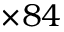
\times 8 4